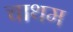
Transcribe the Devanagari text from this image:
चाथम